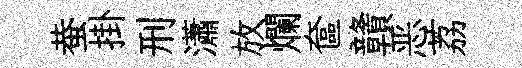
蛬掛刑瀟放爛奩贛恶荔